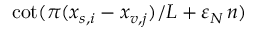
\cot ( \pi ( x _ { s , i } - x _ { v , j } ) / L + \varepsilon _ { N } \, n )